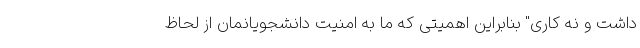
داشت و نه کاری" بنابراین اهمیتی که ما به امنیت دانشجویانمان از لحاظ